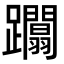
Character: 躢